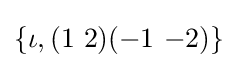
\{\iota ,(1\ 2)(-1\ {-2})\}